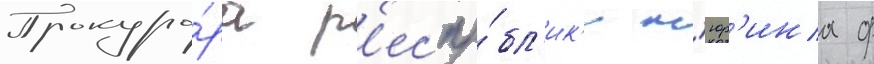
Прокуро́ра р'еспу́бл'ик'и н'юр'ина ф